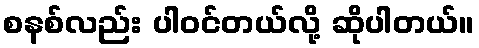
စနစ်လည်း ပါဝင်တယ်လို့ ဆိုပါတယ်။